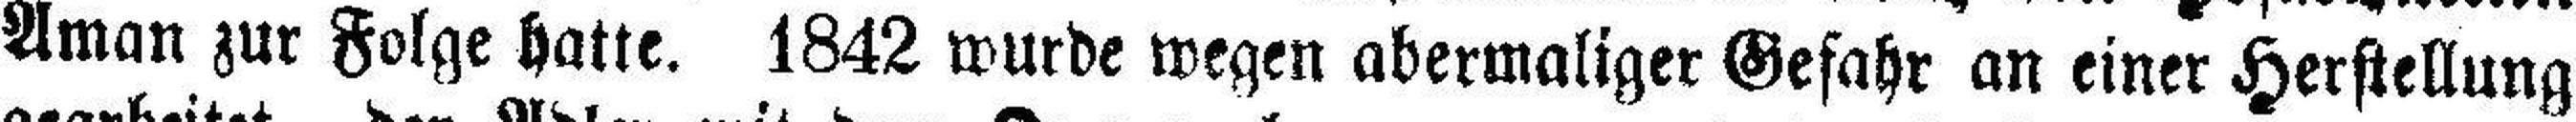
Aman zur Folge hatte. 1842 wurde wegen abermaliger Gefahr an einer Herstellung